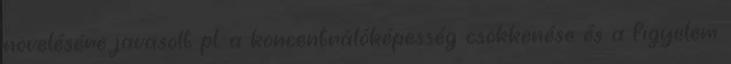
növelésére javasolt pl. a koncentrálóképesség csökkenése és a figyelem